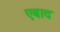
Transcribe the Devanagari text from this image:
एबाद